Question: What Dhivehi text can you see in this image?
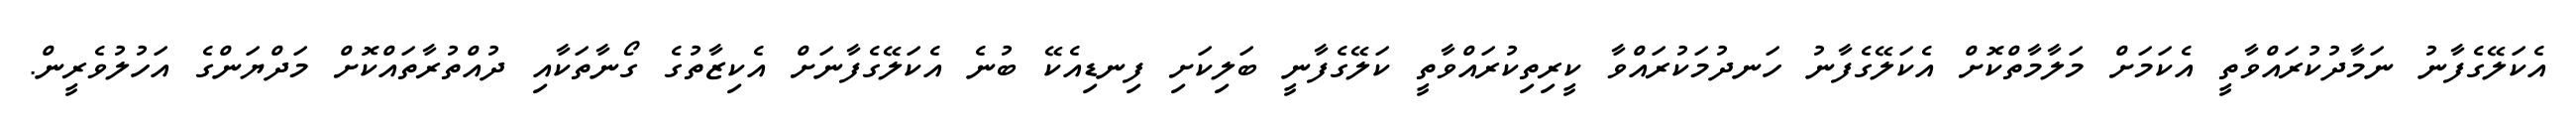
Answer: އެކަލޭގެފާނު ނަމާދުކުރައްވާތީ އެކަމަށް މަލާމާތްކޮށް އެކަލޭގެފާނު ހަނދުމަކުރައްވާ ކީރިތިކުރައްވާތީ ކަލޭގެފާނީ ބަލިކަށި ފިނޑިއެކޭ ބުނެ އެކަލޭގެފާނަށް އެކިޒާތުގެ ގޯނާތަކާއި ދުއްތުރާތައްކޮށް މަދްޔަންގެ އަހުލުވެރީން.